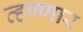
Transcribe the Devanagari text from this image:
व्हण्णार